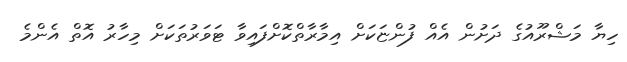
ހިޔާ މަޝްރޫއުގެ ދަށުން އެއް ފުންޏަކަށް އިމާރާތްކޮށްފައިވާ ޓަވަރުތަކަށް މިހާރު އޮތް އެންމެ